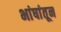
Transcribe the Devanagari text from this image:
भांषांतून